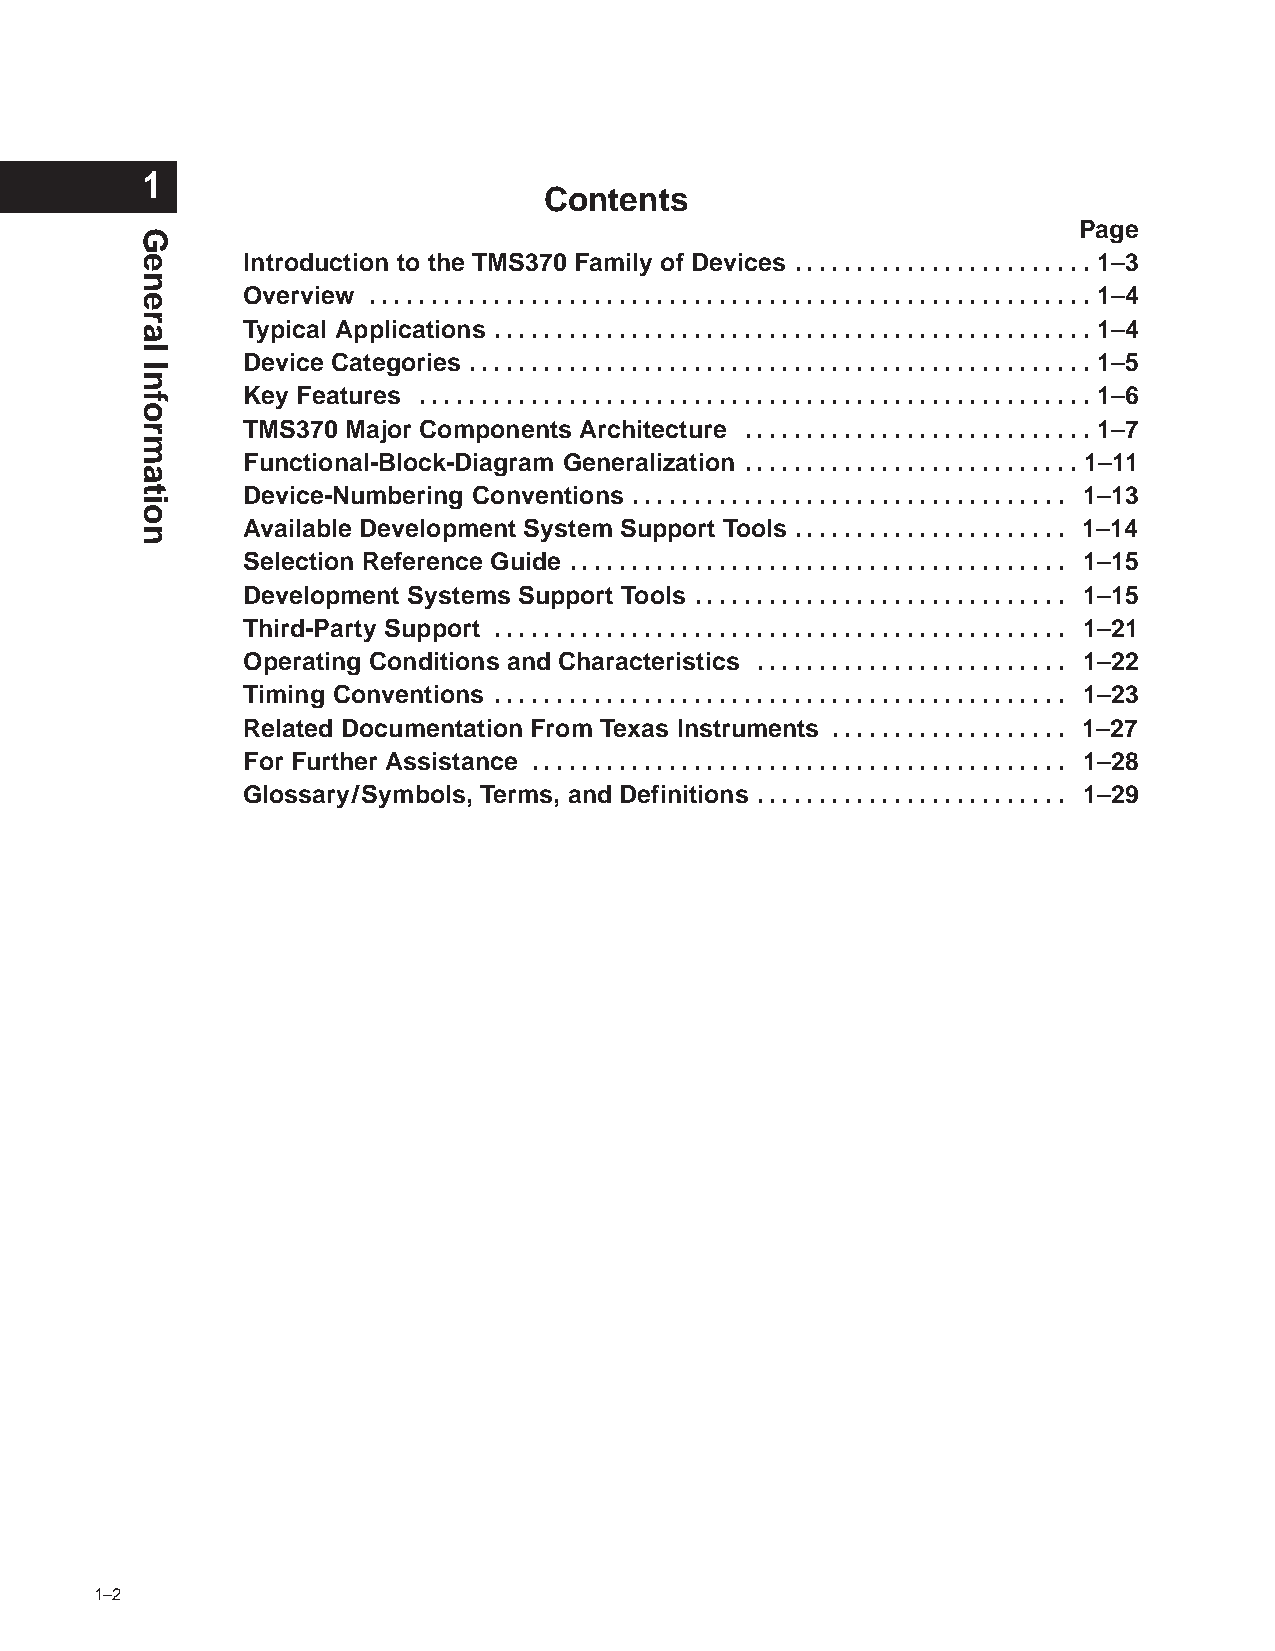
1
 Contents
 Page
 Introduction to the TMS370 Family of Devices . . . . . . . . . . . . . . . . . . . . . . . . 1–3
 Overview . . . . . . . . . . . . . . . . . . . . . . . . . . . . . . . . . . . . . . . . . . . . . . . . . . . . . . . . . . 1–4
 Typical Applications . . . . . . . . . . . . . . . . . . . . . . . . . . . . . . . . . . . . . . . . . . . . . . . . 1–4
 Device Categories . . . . . . . . . . . . . . . . . . . . . . . . . . . . . . . . . . . . . . . . . . . . . . . . . . 1–5
 Key Features . . . . . . . . . . . . . . . . . . . . . . . . . . . . . . . . . . . . . . . . . . . . . . . . . . . . . . 1–6
 TMS370 Major Components Architecture . . . . . . . . . . . . . . . . . . . . . . . . . . . . 1–7
 Functional-Block-Diagram Generalization . . . . . . . . . . . . . . . . . . . . . . . . . . . 1–11
 Device-Numbering Conventions . . . . . . . . . . . . . . . . . . . . . . . . . . . . . . . . . . . 1–13
 Available Development System Support Tools . . . . . . . . . . . . . . . . . . . . . . 1–14
 Selection Reference Guide . . . . . . . . . . . . . . . . . . . . . . . . . . . . . . . . . . . . . . . . 1–15
 Development Systems Support Tools . . . . . . . . . . . . . . . . . . . . . . . . . . . . . . 1–15
 Third-Party Support . . . . . . . . . . . . . . . . . . . . . . . . . . . . . . . . . . . . . . . . . . . . . . 1–21
 Operating Conditions and Characteristics . . . . . . . . . . . . . . . . . . . . . . . . . 1–22
 Timing Conventions . . . . . . . . . . . . . . . . . . . . . . . . . . . . . . . . . . . . . . . . . . . . . . 1–23
 Related Documentation From Texas Instruments . . . . . . . . . . . . . . . . . . . 1–27
 For Further Assistance . . . . . . . . . . . . . . . . . . . . . . . . . . . . . . . . . . . . . . . . . . . 1–28
 Glossary/Symbols, Terms, and Definitions . . . . . . . . . . . . . . . . . . . . . . . . . 1–29
 1–2                    POST OFFICE BOX 1443 • HOUSTON, TEXAS 77251–1443
 General
 Information